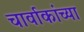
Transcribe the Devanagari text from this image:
चार्वाकांच्या